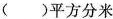
( ) 平 方 分 米$$